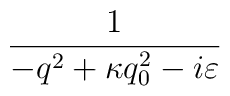
\frac{1}{-q^{2}+\kappa q_{0}^{2}-i\varepsilon }